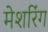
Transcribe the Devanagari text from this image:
मेशरिंग